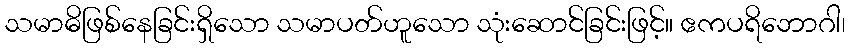
သမာဓိဖြစ်နေခြင်းရှိသော သမာပတ်ဟူသော သုံးဆောင်ခြင်းဖြင့်။ ဧကပရိဘောဂါ၊